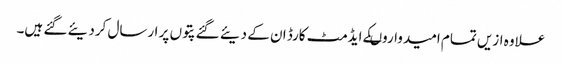
علاوہ ازیں تمام امیدواروںکے ایڈمٹ کارڈ ان کے دیئے گئے پتوں پر ارسال کردیئے گئے ہیں۔